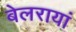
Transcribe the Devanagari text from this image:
बेलरायां